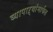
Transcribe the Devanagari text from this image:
व्यापाऱ्यांमार्फत